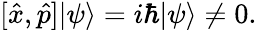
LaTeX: [{\hat{x}},{\hat{p}}]|\psi\rangle=i\hbar|\psi\rangle\neq 0.